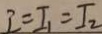
I = I _ { 1 } = I _ { 2 }